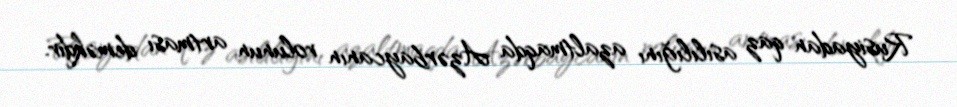
Rusiyadan qaz asılılığını azaltmaqda Azərbaycanın rolunun artması deməkdir.